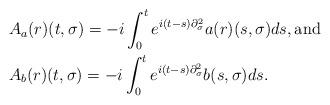
LaTeX: \begin{align*}&A_a(r)(t,\sigma)=-i\int_0^t e^{i(t-s)\partial_\sigma^2}a(r)(s,\sigma)ds,\mbox{and}\quad\\& A_b(r)(t,\sigma)=-i\int_0^t e^{i(t-s)\partial_\sigma^2}b(s,\sigma)ds.\end{align*}